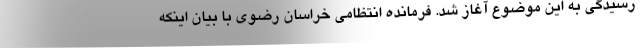
رسیدگی به این موضوع آغاز شد. فرمانده انتظامی خراسان رضوی با بیان اینکه